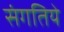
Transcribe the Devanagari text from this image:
संगतिये